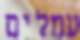
עמלים